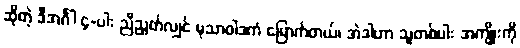
ဆိုတဲ့ ဒီအင်္ဂါ ၄-ပါး ညီညွတ်လျှင် မုသာဝါဒကံ မြောက်တယ်၊ အဲဒါဟာ သူတစ်ပါး အကျိုးကို